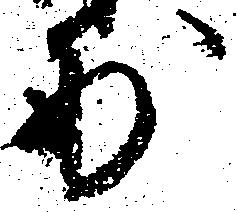
妙